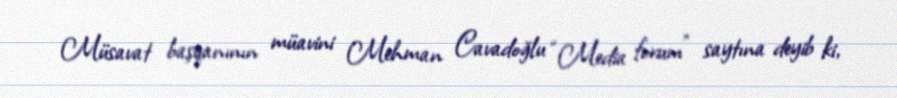
Müsavat başqanının müavini Mehman Cavadoğlu “Media forum” saytına deyib ki,